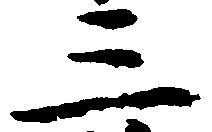
三